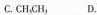
C. \mathrm{CH}_{3} \mathrm{CH}_{3} D.